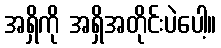
အရှိကို အရှိအတိုင်းပဲပေါ့။